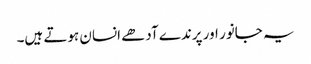
یہ جانور اور پرندے آدھے انسان ہوتے ہیں۔